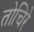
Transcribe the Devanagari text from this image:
तोचिरे